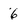
Character: 6